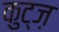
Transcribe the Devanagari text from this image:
कुट्ज़